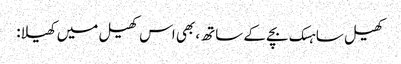
کھیل ساہسک بچے کے ساتھ، بھی اس کھیل میں کھیلا: